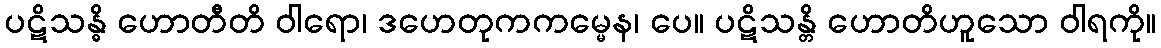
ပဋိသန္ဓိ ဟောတီတိ ဝါရော၊ ဒဟေတုကကမ္မေန၊ ပေ။ ပဋိသန္တိ ဟောတိဟူသော ဝါရကို။